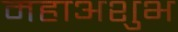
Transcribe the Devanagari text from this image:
महाअशुभ